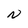
Character: N